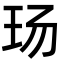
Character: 玚